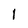
Character: l